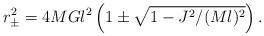
LaTeX: \begin{align*}r_{\pm}^{2} = 4 M G l^{2} \left(1 \pm \sqrt{1-J^{2}/ (M l)^{2}} \right).\end{align*}